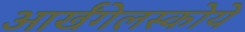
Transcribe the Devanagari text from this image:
आर्खंगेलस्कोये